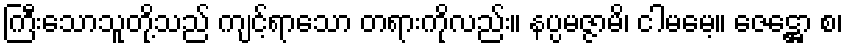
ကြီးသောသူတို့သည် ကျင့်ရာသော တရားကိုလည်း။ နပ္ပမဇ္ဇာမိ၊ ငါမမေ့။ ဇေဋ္ဌော စ၊